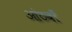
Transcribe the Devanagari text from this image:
आंठवाँ